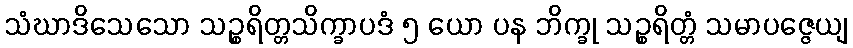
သံဃာဒိသေသော သဉ္စရိတ္တသိက္ခာပဒံ ၅ ယော ပန ဘိက္ခု သဉ္စရိတ္တံ သမာပဇ္ဇေယျ